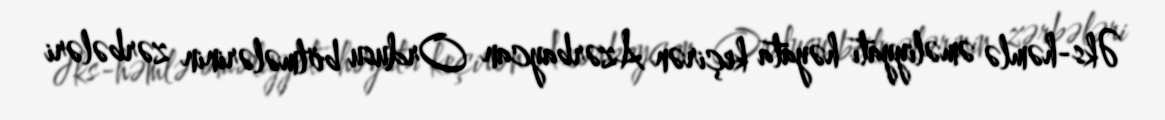
Əks-həmlə əməliyyatı həyata keçirən Azərbaycan Ordusu bölmələrinin zərbələri